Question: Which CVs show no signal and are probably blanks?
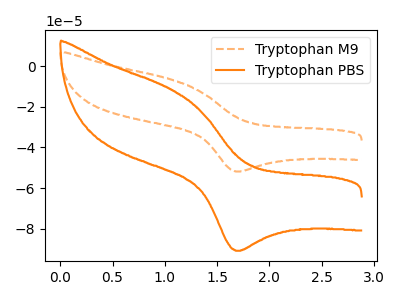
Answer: <think>The orange dashed curve "Tryptophan M9" has an anodic peak at (1.05V, -6.60uA) and a cathodic peak at (1.70V, -51.85uA). The orange curve "Tryptophan PBS" has an anodic peak at (1.05V, -11.60uA) and a cathodic peak at (1.70V, -90.90uA).</think>
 <answer>There are not any CV's on this graph that are likely to be blanks.</answer>
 <eval>none</eval>